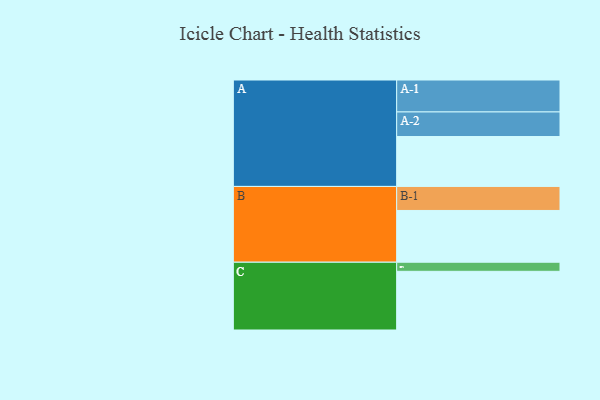
{"axis": {"x": "Segment", "y": "Value"}, "legend": ["", "A", "B", "C"], "data": [{"x": "A", "y": 461, "type": ""}, {"x": "B", "y": 478, "type": ""}, {"x": "C", "y": 542, "type": ""}, {"x": "A-1", "y": 295, "type": "A"}, {"x": "A-2", "y": 227, "type": "A"}, {"x": "B-1", "y": 222, "type": "B"}, {"x": "C-1", "y": 84, "type": "C"}]}